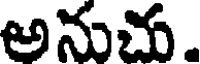
అనుచు.